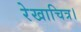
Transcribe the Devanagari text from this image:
रेखाचित्र।